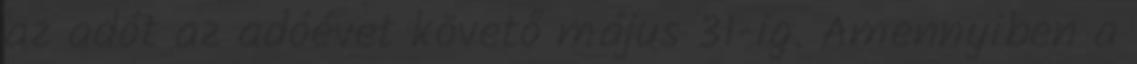
az adót az adóévet követő május 31-ig. Amennyiben a